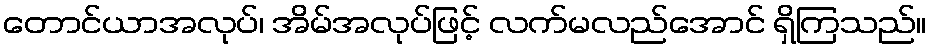
တောင်ယာအလုပ်၊ အိမ်အလုပ်ဖြင့် လက်မလည်အောင် ရှိကြသည်။